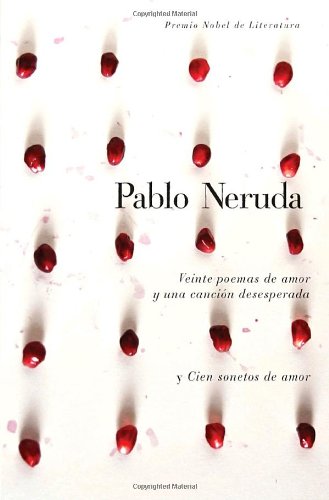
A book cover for Veinte poemas de amor y una cancion desesperada y cien sonetos de amor  (Spanish Edition); Pablo Neruda; Literature & Fiction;